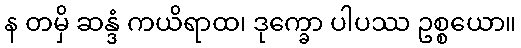
န တမှိ ဆန္ဒံ ကယိရာထ၊ ဒုက္ခော ပါပဿ ဥစ္စယော။